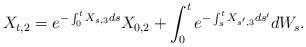
LaTeX: \begin{align*}X_{t,2} = e^{-\int_0^t X_{s,3}ds}X_{0,2} + \int_0^t e^{-\int_s^t X_{s',3}ds'}dW_s.\end{align*}